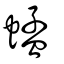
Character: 蜢